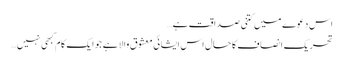
اس دعوے میں کتنی صداقت ہے…
تحریک انصاف کا حال اس ایشائی معشوق والا ہے جو ایک کام کبھی نہیں…